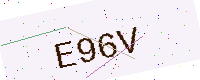
Text: E96V